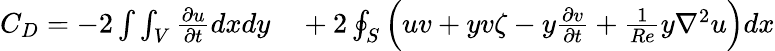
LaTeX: \begin{array}{rl}{C_{D}=-2\int\int_{V}\frac{\partial u}{\partial t}dxdy}&{{}+2\oint_{S}\Big(uv+yv\zeta-y\frac{\partial v}{\partial t}+\frac{1}{Re}y\nabla^{2}u\Big)dx}\end{array}